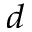
^ { d }